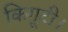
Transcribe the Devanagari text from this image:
किगूटी।